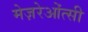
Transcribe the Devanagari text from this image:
मेज़रेओंत्सी